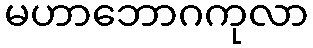
မဟာဘောဂကုလာ